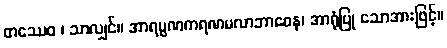
တဿေဝ ၊ သာလျှင်။ အာရမ္မဏကရဏမလာဘာဝေန၊ အာရုံပြု သောအားဖြင့်။